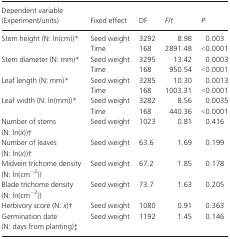
<table><thead><tr><td><b>Dependent variable (Experiment/units)</b></td><td><b>Fixed effect</b></td><td><b>DF</b></td><td><b><i>F/t</i></b></td><td><b><i>P</i></b></td></tr></thead><tbody><tr><td rowspan="2">Stem height (N: ln(cm))*</td><td>Seed weight</td><td>3292</td><td>8.98</td><td>0.003</td></tr><tr><td>Time</td><td>168</td><td>2891.48</td><td>&lt;0.0001</td></tr><tr><td rowspan="2">Stem diameter (N: mm)*</td><td>Seed weight</td><td>3295</td><td>13.42</td><td>0.0003</td></tr><tr><td>Time</td><td>168</td><td>950.54</td><td>&lt;0.0001</td></tr><tr><td rowspan="2">Leaf length (N: mm)*</td><td>Seed weight</td><td>3285</td><td>10.30</td><td>0.0013</td></tr><tr><td>Time</td><td>168</td><td>1003.31</td><td>&lt;0.0001</td></tr><tr><td rowspan="2">Leaf width (N: ln(mm))*</td><td>Seed weight</td><td>3282</td><td>8.56</td><td>0.0035</td></tr><tr><td>Time</td><td>168</td><td>440.36</td><td>&lt;0.0001</td></tr><tr><td>Number of stems (N: ln(<i>x</i>))†</td><td>Seed weight</td><td>1023</td><td>0.81</td><td>0.416</td></tr><tr><td>Number of leaves (N: ln(<i>x</i>))†</td><td>Seed weight</td><td>63.6</td><td>1.69</td><td>0.199</td></tr><tr><td>Midvein trichome density (N: ln(cm<sup>−2</sup>))</td><td>Seed weight</td><td>67.2</td><td>1.85</td><td>0.178</td></tr><tr><td>Blade trichome density (N: ln(cm<sup>−2</sup>))</td><td>Seed weight</td><td>73.7</td><td>1.63</td><td>0.205</td></tr><tr><td>Herbivory score (N: <i>x</i>)†</td><td>Seed weight</td><td>1080</td><td>0.91</td><td>0.363</td></tr><tr><td>Germination date (N: days from planting)‡</td><td>Seed weight</td><td>1192</td><td>1.45</td><td>0.146</td></tr></tbody></table>